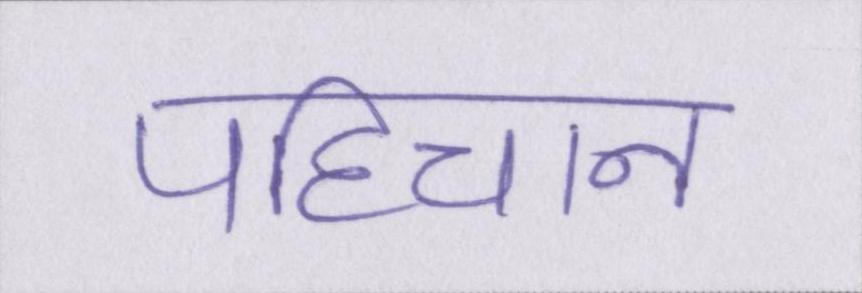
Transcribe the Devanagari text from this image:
पहिचान